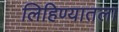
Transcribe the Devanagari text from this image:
लिहिण्यातला